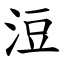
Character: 浢